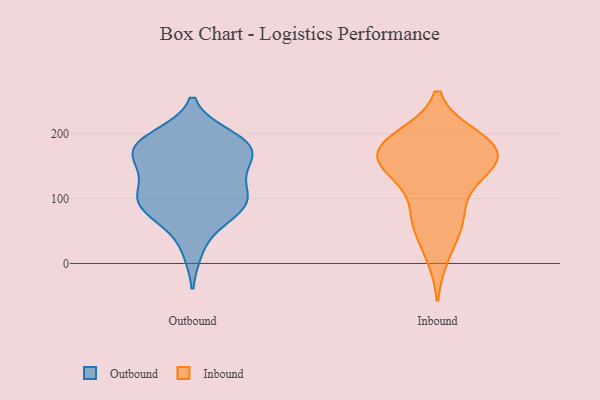
{"axis": {"x": "LTV (USD)", "y": "Value"}, "legend": ["Inbound", "Outbound"], "data": [{"x": "", "y": 179, "type": "Outbound"}, {"x": "", "y": 109, "type": "Outbound"}, {"x": "", "y": 179, "type": "Outbound"}, {"x": "", "y": 93, "type": "Outbound"}, {"x": "", "y": 104, "type": "Outbound"}, {"x": "", "y": 175, "type": "Outbound"}, {"x": "", "y": 83, "type": "Outbound"}, {"x": "", "y": 184, "type": "Outbound"}, {"x": "", "y": 77, "type": "Outbound"}, {"x": "", "y": 195, "type": "Outbound"}, {"x": "", "y": 151, "type": "Outbound"}, {"x": "", "y": 158, "type": "Outbound"}, {"x": "", "y": 79, "type": "Outbound"}, {"x": "", "y": 136, "type": "Outbound"}, {"x": "", "y": 104, "type": "Outbound"}, {"x": "", "y": 22, "type": "Outbound"}, {"x": "", "y": 186, "type": "Outbound"}, {"x": "", "y": 174, "type": "Inbound"}, {"x": "", "y": 132, "type": "Inbound"}, {"x": "", "y": 60, "type": "Inbound"}, {"x": "", "y": 147, "type": "Inbound"}, {"x": "", "y": 142, "type": "Inbound"}, {"x": "", "y": 172, "type": "Inbound"}, {"x": "", "y": 194, "type": "Inbound"}, {"x": "", "y": 74, "type": "Inbound"}, {"x": "", "y": 14, "type": "Inbound"}, {"x": "", "y": 72, "type": "Inbound"}, {"x": "", "y": 164, "type": "Inbound"}, {"x": "", "y": 163, "type": "Inbound"}, {"x": "", "y": 186, "type": "Inbound"}, {"x": "", "y": 192, "type": "Inbound"}]}